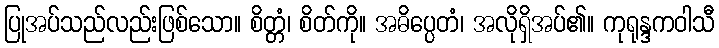
ပြုအပ်သည်လည်းဖြစ်သော။ စိတ္တံ၊ စိတ်ကို။ အဓိပ္ပေတံ၊ အလိုရှိအပ်၏။ ကုရုန္ဒကဝါသီ